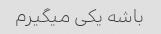
باشه یکی میگیرم